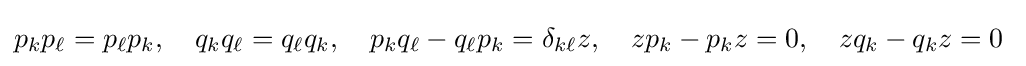
p_{k}p_{\ell }=p_{\ell }p_{k},\quad q_{k}q_{\ell }=q_{\ell }q_{k},\quad p_{k}q_{\ell }-q_{\ell }p_{k}=\delta _{k\ell }z,\quad zp_{k}-p_{k}z=0,\quad zq_{k}-q_{k}z=0~